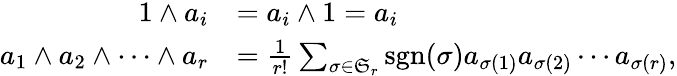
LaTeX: {\begin{array}{rl}{1\wedge a_{i}}&{=a_{i}\wedge 1=a_{i}}\\ {a_{1}\wedge a_{2}\wedge\cdots\wedge a_{r}}&{={\frac{1}{r!}}\sum_{\sigma\in{\mathfrak{S}}_{r}}\operatorname{sgn}(\sigma)a_{\sigma(1)}a_{\sigma(2)}\cdots a_{\sigma(r)},}\end{array}}